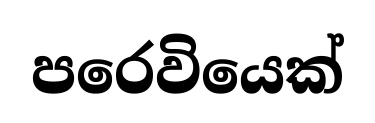
පරෙවියෙක්